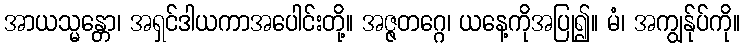
အာယသ္မန္တော၊ အရှင်ဒါယကာအပေါင်းတို့။ အဇ္ဇတဂ္ဂေ၊ ယနေ့ကိုအပြု၍။ မံ၊ အကျွန်ုပ်ကို။